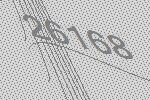
26168